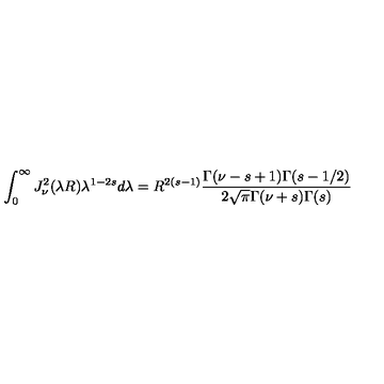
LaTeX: \int _ { 0 } ^ { \infty } J _ { \nu } ^ { 2 } ( \lambda R ) \lambda ^ { 1 - 2 s } d \lambda = R ^ { 2 ( s - 1 ) } \frac { \Gamma ( \nu - s + 1 ) \Gamma ( s - 1 / 2 ) } { 2 \sqrt { \pi } \Gamma ( \nu + s ) \Gamma ( s ) }